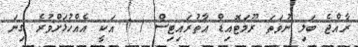
ރާއްޖެ ބަލި ނުވަތަ ރޫމަޓޮއިޑް އާތުރައިޓިސް ( ) އަކީ އެއްހުޅަށްވުރެ ގިނަ